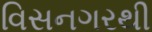
વિસનગરથી